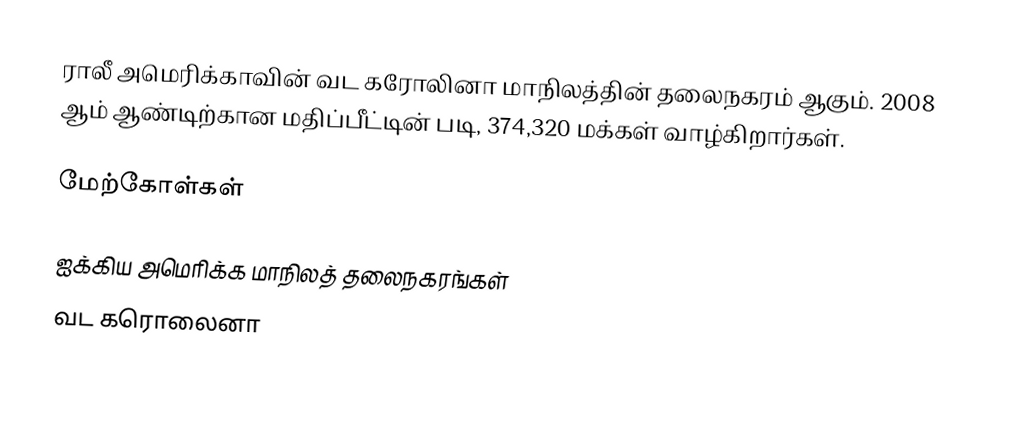
ராலீ அமெரிக்காவின் வட கரோலினா மாநிலத்தின் தலைநகரம் ஆகும். 2008 ஆம் ஆண்டிற்கான மதிப்பீட்டின் படி, 374,320 மக்கள் வாழ்கிறார்கள்.

மேற்கோள்கள்

ஐக்கிய அமெரிக்க மாநிலத் தலைநகரங்கள்
வட கரொலைனா